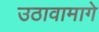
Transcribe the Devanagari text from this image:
उठावामागे